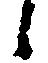
候